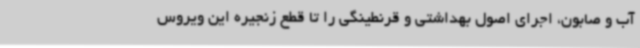
آب و صابون، اجرای اصول بهداشتی و قرنطینگی را تا قطع زنجیره این ویروس